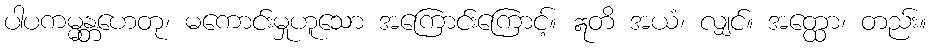
ပါပကမ္မန္တဟေတု၊ မကောင်းမှုဟူသော အကြောင်းကြောင့်။ ဣတိ အယံ၊ လျှင်။ အတ္ထော၊ တည်း။